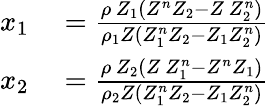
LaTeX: \begin{array}{rl}{x_{1}}&{{}=\frac{\rho\, Z_{1}\left(Z^{n}Z_{2}-Z\, Z_{2}^{n}\right)}{\rho_{1}Z\left(Z_{1}^{n}Z_{2}-Z_{1}Z_{2}^{n}\right)}}\\ {x_{2}}&{{}=\frac{\rho\, Z_{2}\left(Z\, Z_{1}^{n}-Z^{n}Z_{1}\right)}{\rho_{2}Z\left(Z_{1}^{n}Z_{2}-Z_{1}Z_{2}^{n}\right)}}\end{array}